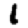
Digit: 1